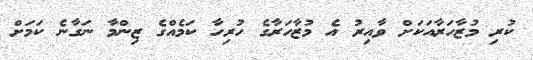
ކުރި މުޒާހަރާއަކަށް ވާއިރު އެ މުޒާހަރާގެ ހުރިހާ ކަމެއްގެ ޒިންމާ ނަގާނެ ކަމަށް